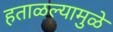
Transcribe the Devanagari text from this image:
हताळल्यामुळे